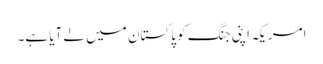
امریکہ اپنی جنگ کو پاکستان میں لے آیا ہے۔